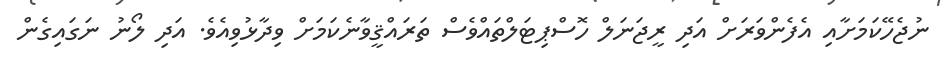
ނުޖެހޭކަމަށާއި އެފެންވަރަށް އަދި ރީޖަނަލް ހޮސްޕިޓަލްތައްވެސް ތަރައްޤީވާނެކަމަށް ވިދާޅުވިއެވެ. އަދި ލޯނު ނަގައިގެން